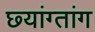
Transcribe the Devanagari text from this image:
छ्यांग्तांग